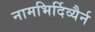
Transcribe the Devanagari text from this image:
नामभिर्दिव्यैर्न